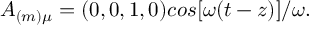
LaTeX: A _ { ( m ) \mu } = ( 0 , 0 , 1 , 0 ) c o s [ \omega ( t - z ) ] / \omega .